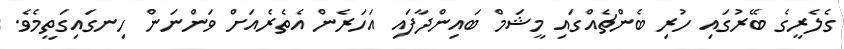
ގެލެރީގެ ބޭރުގައި ހުރި ބެންޗެއްގައި މީޝަމް ބައިންދާފައި އަހަރެން އެތެރެއަށް ވަންނަން ހިނގައިގަތީމެވެ.